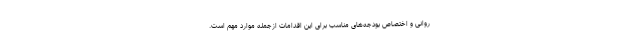
روانی و اختصاص بودجه‌های مناسب برای این اقدامات ازجمله موارد مهم است.